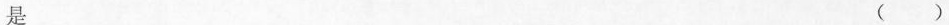
是 ()